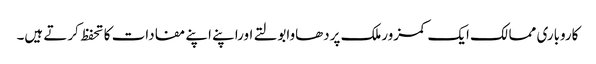
کاروباری ممالک ایک کمزورملک پردھاوابولتے اوراپنے اپنے مفادات کا تحفظ کرتے ہیں۔